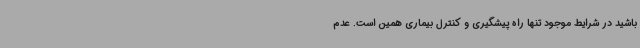
باشید در شرایط موجود تنها راه پیشگیری و کنترل بیماری همین است. عدم